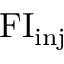
\mathrm { F I _ { i n j } }